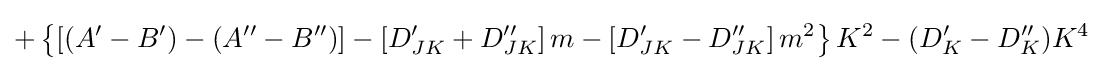
+\left\{\left[(A^{\prime }-B^{\prime })-(A^{\prime \prime }-B^{\prime \prime })\right]-\left[D_{JK}^{\prime }+D_{JK}^{\prime \prime }\right]m-\left[D_{JK}^{\prime }-D_{JK}^{\prime \prime }\right]m^{2}\right\}K^{2}-(D_{K}^{\prime }-D_{K}^{\prime \prime })K^{4}